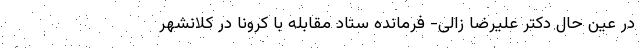
در عین حال دکتر علیرضا زالی- فرمانده ستاد مقابله با کرونا در کلانشهر